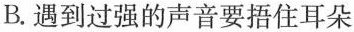
B.遇到过强的声音要捂住耳朵